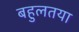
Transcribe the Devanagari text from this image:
बहुलतया